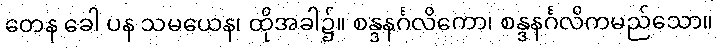
တေန ခေါ ပန သမယေန၊ ထိုအခါ၌။ စန္ဒနင်္ဂလိကော၊ စန္ဒနင်္ဂလိကမည်သော။